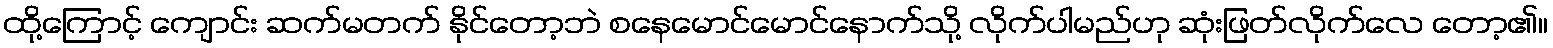
ထို့ကြောင့် ကျောင်း ဆက်မတက် နိုင်တော့ဘဲ စနေမောင်မောင်နောက်သို့ လိုက်ပါမည်ဟု ဆုံးဖြတ်လိုက်လေ တော့၏။